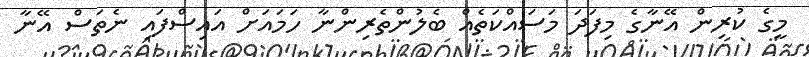
މީގެ ކުރިން އޭނާގެ މިފަދަ މަސައްކަތެއް ބެލުންތެރިންނާ ހަމައަށް އައިސްފައި ނެތަސް އޭނާ